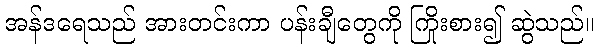
အန်ဒရေသည် အားတင်းကာ ပန်းချီတွေကို ကြိုးစား၍ ဆွဲသည်။